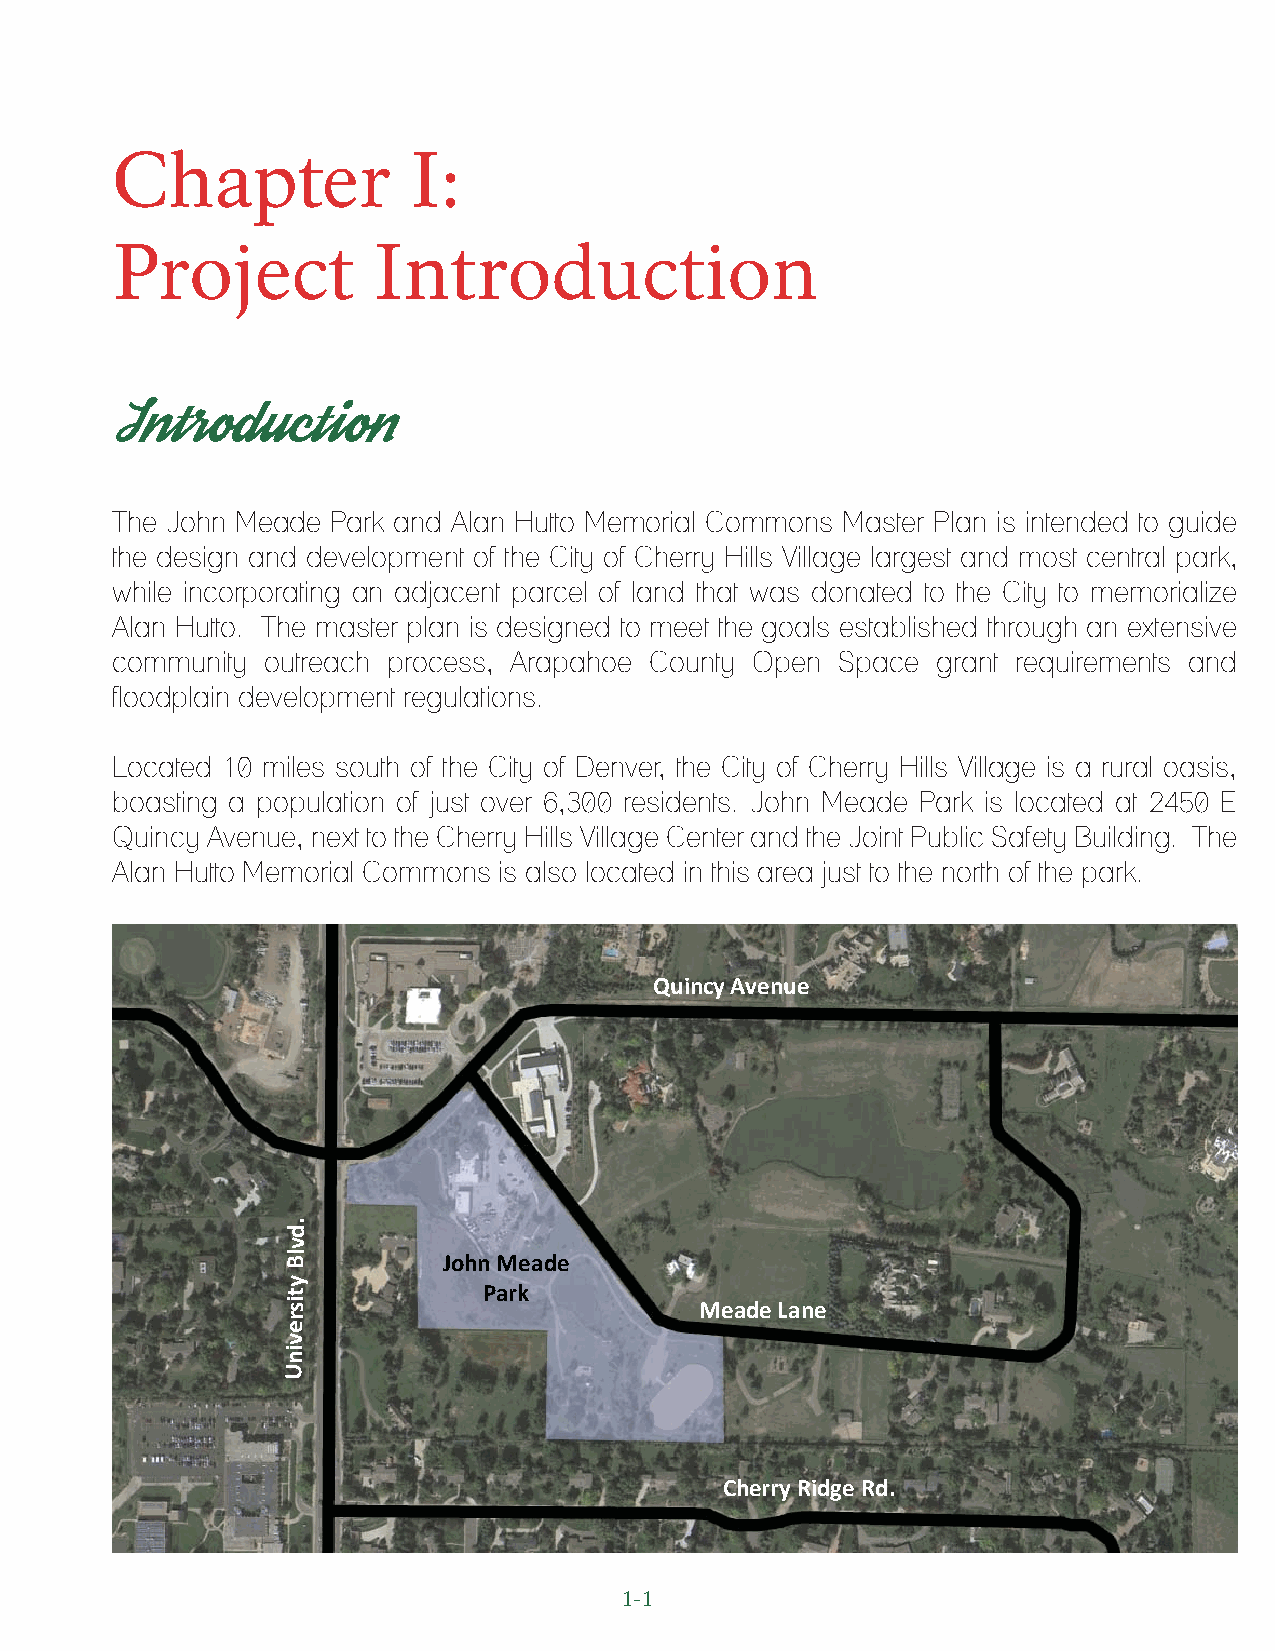
Chapter             I:
 Project           Introduction
 Introduction
 The John Meade Park and Alan Hutto Memorial Commons Master Plan is intended to guide
 the design and development of the City of Cherry Hills Village largest and most central park,
 while incorporating an adjacent parcel of land that was donated to the City to memorialize
 Alan Hutto. The master plan is designed to meet the goals established through an extensive
 community  outreach process, Arapahoe County Open Space grant requirements and
 floodplain development regulations.
 Located 10 miles south of the City of Denver, the City of Cherry Hills Village is a rural oasis,
 boasting a population of just over 6,300 residents. John Meade Park is located at 2450 E
 Quincy Avenue, next to the Cherry Hills Village Center and the Joint Public Safety Building. The
 Alan Hutto Memorial Commons is also located in this area just to the north of the park.
 Quincy Avenue
 .
 d
 v
 Bl        John Meade
 y
 t            Park
 si                         Meade Lane
 r
 e
 v
 ni
 U
 Cherry Ridge Rd.
 1-1